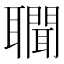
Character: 𦘁